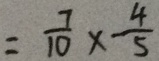
= \frac { 7 } { 1 0 } \times \frac { 4 } { 5 }